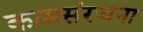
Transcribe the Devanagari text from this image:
कामसंरचना